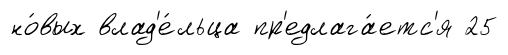
но́вых влад'е́льца пр'едлага́етс'я 25